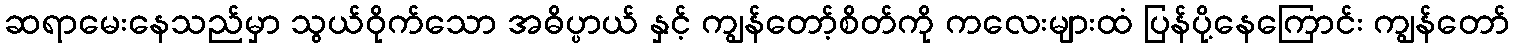
ဆရာမေးနေသည်မှာ သွယ်ဝိုက်သော အဓိပ္ပာယ် နှင့် ကျွန်တော့်စိတ်ကို ကလေးများထံ ပြန်ပို့နေကြောင်း ကျွန်တော်